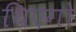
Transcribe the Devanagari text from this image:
थिएगो